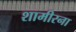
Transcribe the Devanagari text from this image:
शामीरना